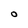
Character: O